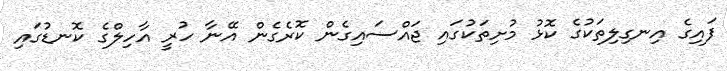
ފައިގެ އިނގިލިތަކުގެ ކޮޅު މުށިތަކުގައި ޖައްސައިގެން ކޮރެގެން އޭނާ ހުރީ އާހިލްގެ ކޮނޑުގައި